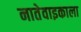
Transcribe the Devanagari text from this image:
नातेवाइकाला